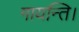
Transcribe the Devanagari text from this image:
गायन्ति।